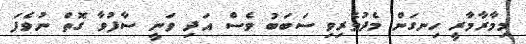
މިމާރާމާރީ ހިނގަަން މެދުވެރިވި ސަބަބު ވެސް އަދި ވަނީ ސާފުވާ ގޮތް ނުވެފަ